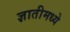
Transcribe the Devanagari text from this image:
ज्ञातीमध्ये